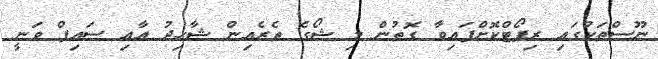
ނޫސްތަކުގައި ރިޕޯޓްކޮށްފައިވާ ގޮތުން މި ޝޯގެ ތެރެއިން ޝާހިދު އާއި ސައިފް ވަނީ